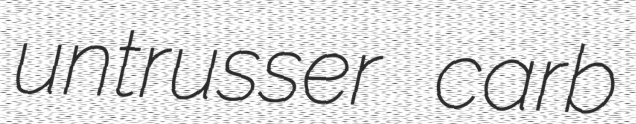
untrusser carb